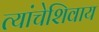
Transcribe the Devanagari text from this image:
त्यांचेशिवाय